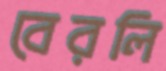
বেরলি